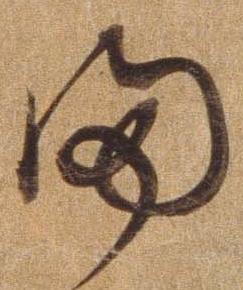
ま